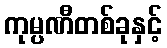
ကုမ္ပဏီတစ်ခုနှင့်